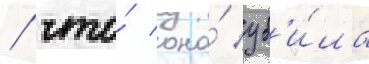
/ что́ она́ уб'и́ла